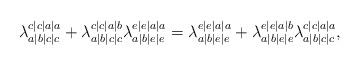
LaTeX: \begin{align*}\lambda_{a|b|c|c}^{c|c|a|a} + \lambda_{a|b|c|c}^{c|c|a|b}\lambda_{a|b|e|e}^{e|e|a|a} = \lambda_{a|b|e|e}^{e|e|a|a} + \lambda_{a|b|e|e}^{e|e|a|b}\lambda_{a|b|c|c}^{c|c|a|a},\end{align*}